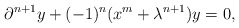
\begin{align*}\partial^{n+1} y + (-1)^n (x^{m} + \lambda^{n+1}) y =0,\end{align*}